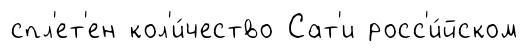
спл'ет'ен кол'и́чество Сат'и росс'и́йском